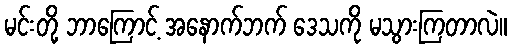
မင်းတို့ ဘာကြောင့် အနောက်ဘက် ဒေသကို မသွားကြတာလဲ။